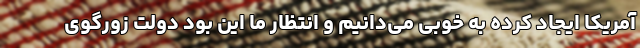
آمریکا ایجاد کرده به خوبی می‌دانیم و انتظار ما این بود دولت زورگوی